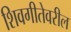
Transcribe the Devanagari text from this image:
शिवगीतेवरील